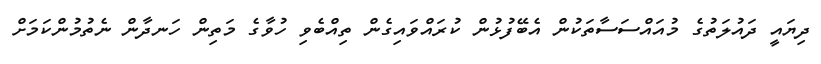
ދިޔައީ ދައުލަތުގެ މުއައްސަސާތަކުން އެބޭފުޅުން ކުރައްވައިގެން ތިއްބެވި ހުވާގެ މަތިން ހަނދާން ނެތުމުންކަމަށް